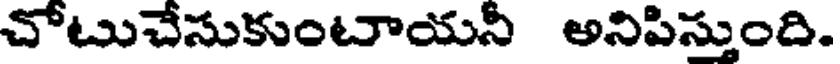
చోటుచేసుకుంటాయనీ అనిపిస్తుంది.